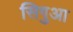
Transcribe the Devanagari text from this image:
सिगुआ